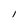
Character: l